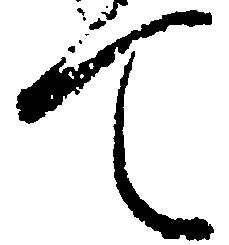
て